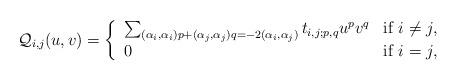
LaTeX: \begin{align*} \mathcal{Q}_{i,j}(u,v) = \left\{ \begin{array}{ll} \sum_{(\alpha_i,\alpha_i)p+(\alpha_j,\alpha_j)q =-2(\alpha_i,\alpha_j)} t_{i,j;p,q} u^pv^q & \hbox{if } i \ne j,\\ 0 & \hbox{if } i=j, \end{array} \right.\end{align*}